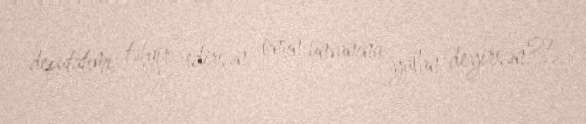
deputatımı təhqir edirsən, onun ünvanına yalan deyirsən?!.